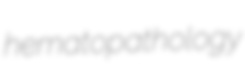
hematopathology